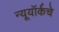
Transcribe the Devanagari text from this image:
न्यूयॉर्कचे